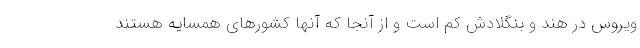
ویروس در هند و بنگلادش کم است و از آنجا که آنها کشورهای همسایه هستند